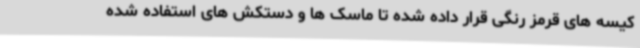
کیسه های قرمز رنگی قرار داده شده تا ماسک ها و دستکش های استفاده شده